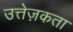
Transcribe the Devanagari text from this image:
उत्तेज़कता